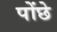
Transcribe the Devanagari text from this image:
पोंछे